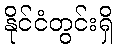
နိုင်ငံတွင်းရှိ